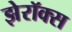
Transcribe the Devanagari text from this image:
झेरॉक्‍स